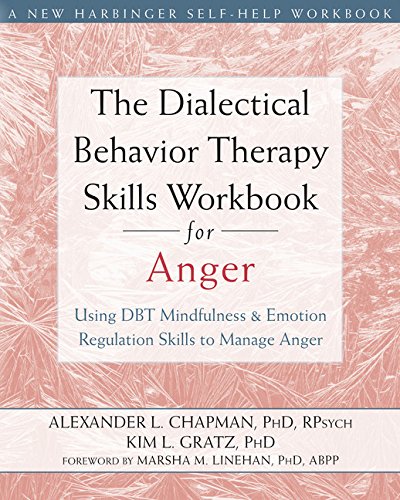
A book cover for The Dialectical Behavior Therapy Skills Workbook for Anger: Using DBT Mindfulness and Emotion Regulation Skills to Manage Anger; Alexander L. Chapman PhD  RPsych; Self-Help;